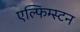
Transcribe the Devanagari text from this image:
एल्फिम्स्टन